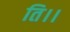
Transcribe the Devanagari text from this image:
ति।।